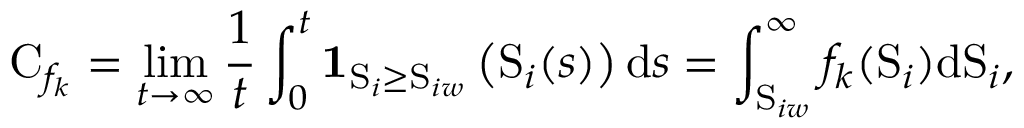
\mathrm { C } _ { f _ { k } } = \operatorname* { l i m } _ { t \rightarrow \infty } \frac { 1 } { t } \int _ { 0 } ^ { t } \mathbf { 1 } _ { \mathrm { S } _ { i } \geq \mathrm { S } _ { i w } } \left( \mathrm { S } _ { i } ( s ) \right) \mathrm { d } s = \int _ { \mathrm { S } _ { i w } } ^ { \infty } f _ { k } ( \mathrm { S } _ { i } ) \mathrm { d } \mathrm { S } _ { i } ,